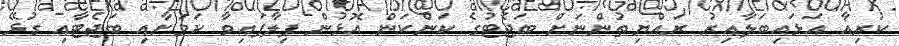
ކުރިއާ އަޅައިބަލާއިރު ރައްޔިތުންނަށް ބަޖެޓުގެ ކަންކަން އޮޅުން ފިލާފައިވާ ކަމަށާއި ބަޖެޓާއި ގުޅޭ